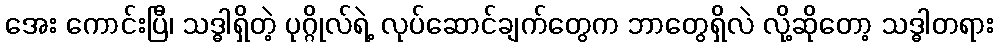
အေး ကောင်းပြီ၊ သဒ္ဓါရှိတဲ့ ပုဂ္ဂိုလ်ရဲ့ လုပ်ဆောင်ချက်တွေက ဘာတွေရှိလဲ လို့ဆိုတော့ သဒ္ဓါတရား